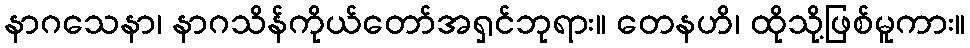
နာဂသေနာ၊ နာဂသိန်ကိုယ်တော်အရှင်ဘုရား။ တေနဟိ၊ ထိုသို့ဖြစ်မူကား။